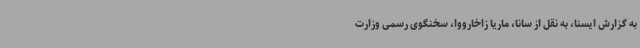
به گزارش ایسنا، به نقل از سانا، ماریا زاخارووا، سخنگوی رسمی وزارت